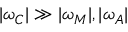
| \omega _ { C } | \gg | \omega _ { M } | , | \omega _ { A } |